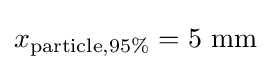
x_{{\text{particle}},95\%}=5{\text{ mm}}